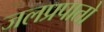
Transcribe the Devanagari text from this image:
जलप्रपातो